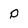
Character: p